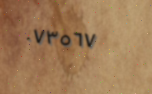
٠٧٣٥٦٧